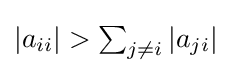
{\textstyle |a_{ii}|>\sum _{j\neq i}|a_{ji}|}